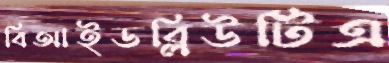
বিআইডব্লিউটিএ